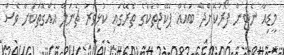
މީޑިއާ ނެޓުން ފޯރުކޮށްދޭ ބައެއް ޕެކޭޖުތަކުގެ ތެރޭގައި ކުޅިވަރު ޗެނަލް އެއްގޮތަކަށް ވެސް